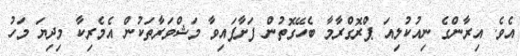
އެވެ. އިރާންގެ ނިއުކުލިއަ ޕްރޮގްރާމާ ބެހޭގޮތުން ފަށާފައިވާ މަޝްވަރާތަކުން އެމެރިކާ މިދިޔަ މަހު